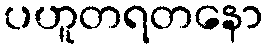
ပဟူတရတနော